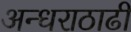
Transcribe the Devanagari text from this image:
अन्धराठाढी